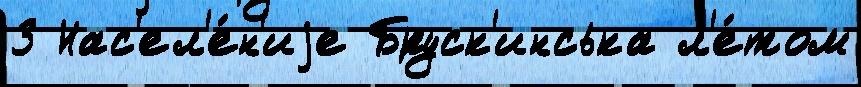
3 Нас'ел'е́н'иjе Бруск'инська л'е́том